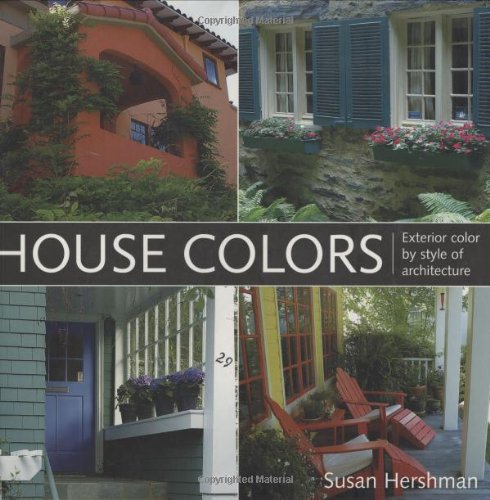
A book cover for House Colors: Exterior Color by Style of Architecture; Susan Hershman; Arts & Photography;